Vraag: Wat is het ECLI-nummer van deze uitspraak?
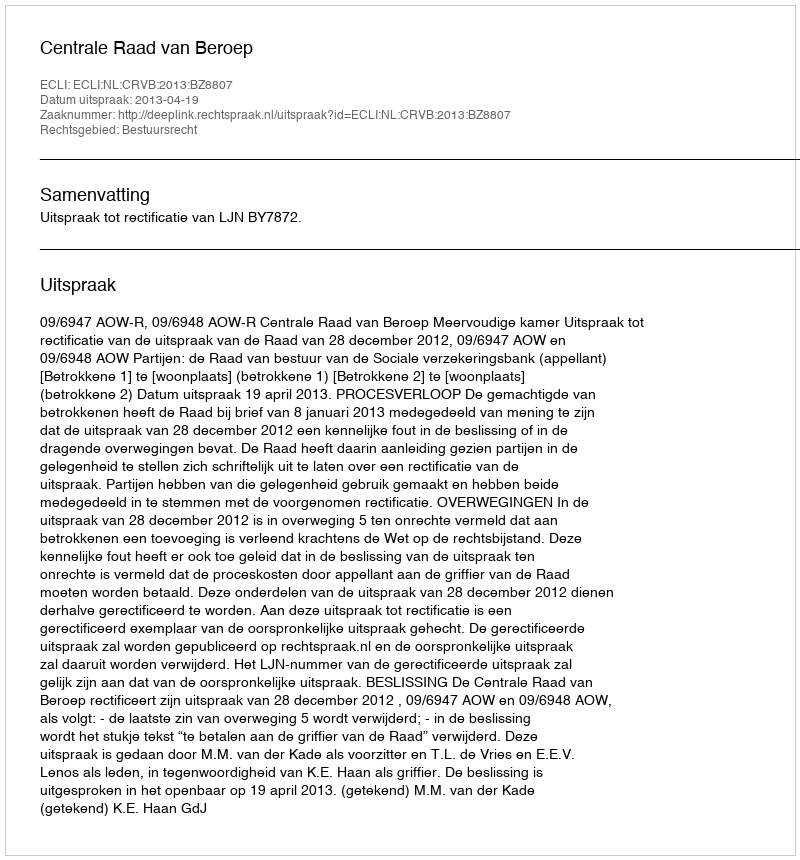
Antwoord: ECLI:NL:CRVB:2013:BZ8807